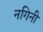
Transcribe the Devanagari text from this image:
नगिनी